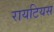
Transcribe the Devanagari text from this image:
रायटियस